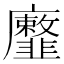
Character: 𢌐